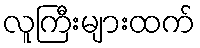
လူကြီးများထက်